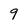
Character: 9